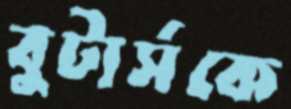
বুটার্সকে